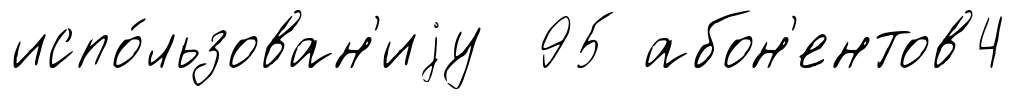
испо́льзован'иjу 95 абон'ентов4